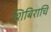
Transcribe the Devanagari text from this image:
शिबिराचि